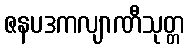
ဇနပဒကလျာဏီသုတ္တ